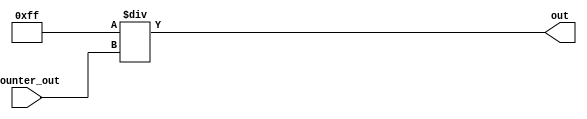
module Reciprocal(counter_out, out);
	input [7:0] counter_out;
	output reg [7:0] out;

	always @(counter_out)begin
		out = 8'd255 / counter_out;
	end
endmodule